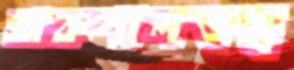
বাকশালতন্ত্র